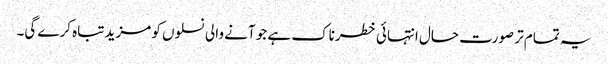
یہ تمام تر صورت حال انتہائی خطرناک ہے جو آنے والی نسلوں کو مزید تباہ کرے گی۔